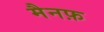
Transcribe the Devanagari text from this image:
मैनफ़